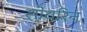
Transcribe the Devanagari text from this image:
सोवरिन